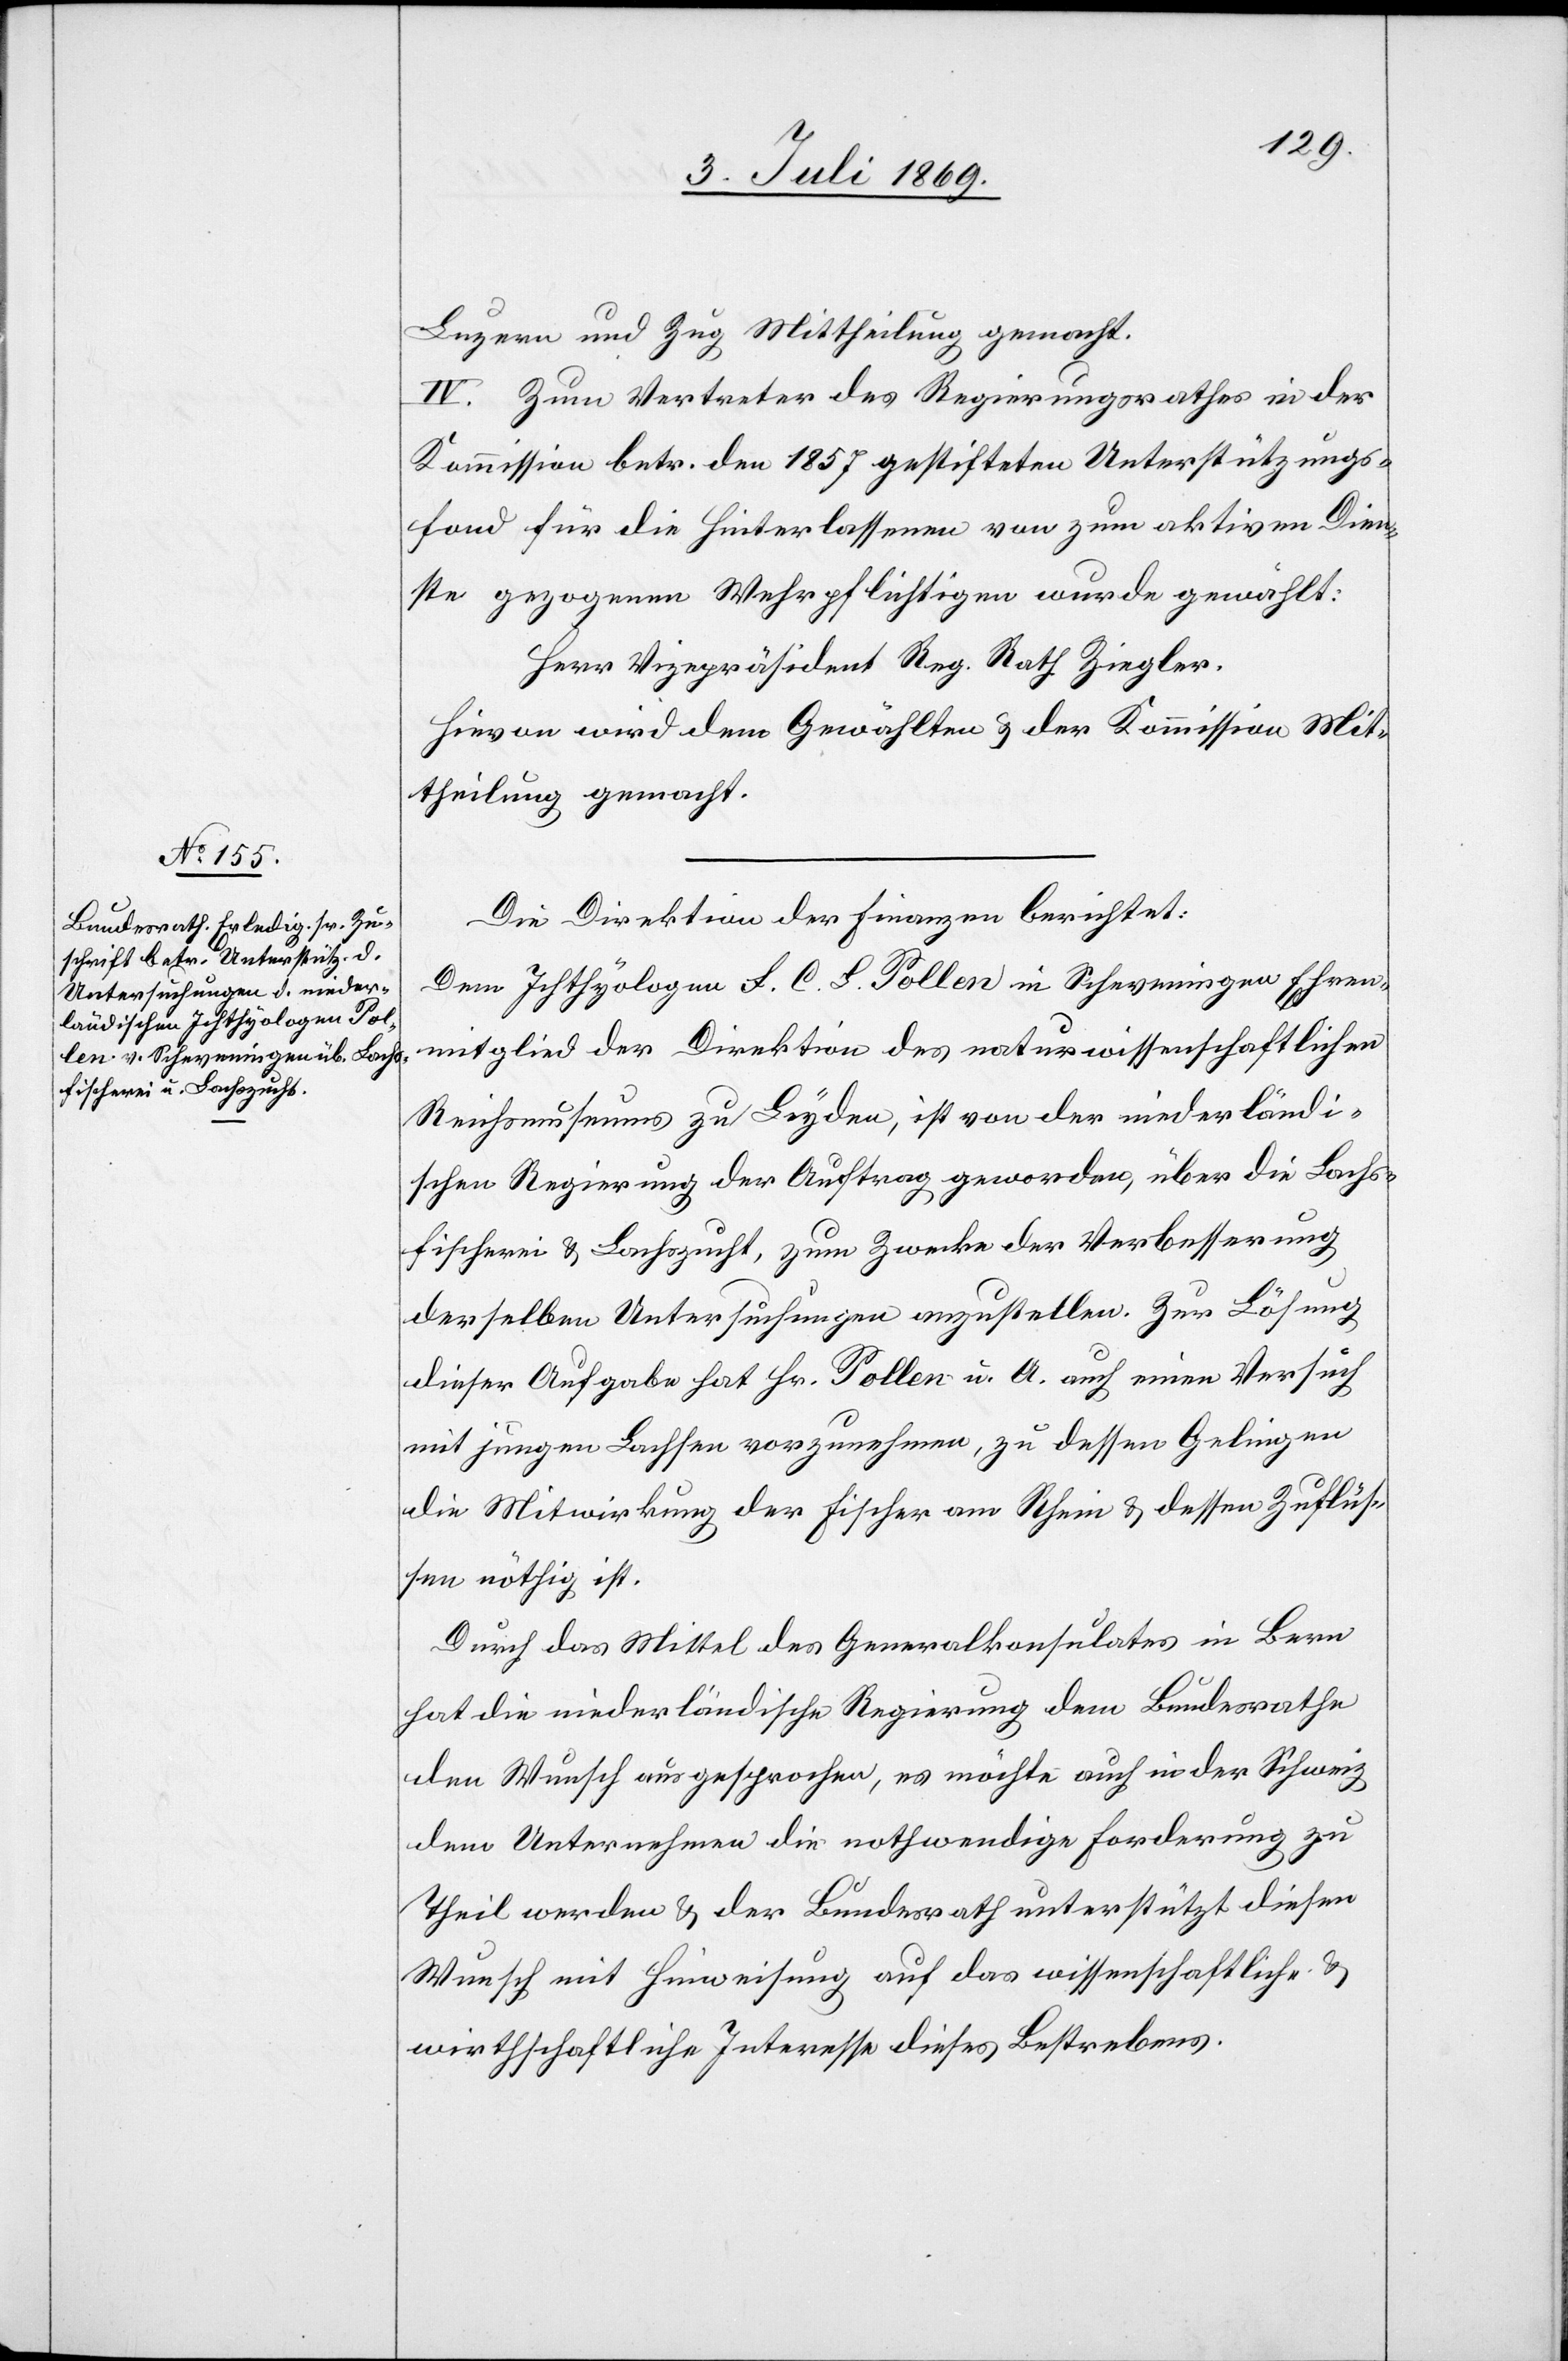
Luzern und Zug Mittheilung gemacht.
IV. Zum Vertreter des Regierungsrathes in der
Kommission betr. den 1857 gestifteten Unterstützungs¬
fond für die Hinterlassenen von zum aktiven Dien¬
ste gezogenen Wehrpflichtigen wurde gewählt:
Herr Vizepräsident Reg. Rath Ziegler.
Hievon wird dem Gewählten u. der Kommission Mit¬
theilung gemacht.
Die Direktion der Finanzen berichtet:
Dem Ichthyologen F. C. L. Pollen in Schweveningen Ehren¬
mitglied der Direktion des naturwissenschaftlichen
Reichsmuseums zu Leyden, ist von der niederländi¬
schen Regierung der Auftrag geworden, über die Lachs¬
fischerei u. Lachszucht, zum Zwecke der Verbesserung
derselben Untersuchungen anzustellen. Zur Lösung
dieser Aufgabe hat Hr. Pollen u. A. auch einen Versuch
mit jungen Lachsen vorzunehmen, zu dessen Gelingen
die Mitwirkung der Fischer vom Rhein u. dessen Zuflüs¬
sen nöthig ist.
Durch das Mittel des Generalkonsulates in Bern
hat die niederländische Regierung dem Bundesrathe
den Wunsch ausgesprochen, es möchte auch in der Schweiz
dem Unternehmen die nothwendige Forderung zu
Theil werden u. der Bundesrath unterstützt diesen
Wunsch mit Hinweisung auf das wissenschaftliche u.
wirthschaftliche Interesse dieses Bestrebens.